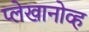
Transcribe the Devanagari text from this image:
प्लेखानोव्ह